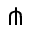
\pitchfork